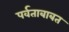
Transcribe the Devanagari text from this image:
पर्वताबाबत